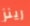
رينز